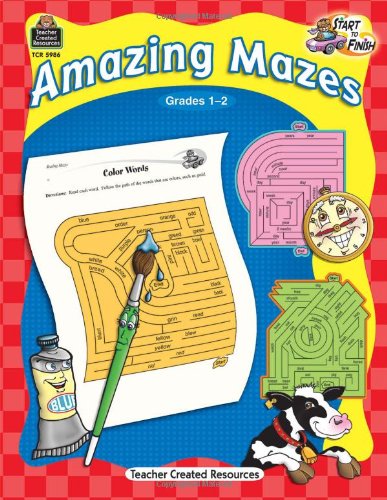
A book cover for Start to Finish: Amazing Mazes Grd 1-2; Debra J. Housel; Test Preparation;